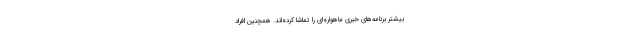
بیشتر برنامه‌­های خبری ماهواره­ای را تماشا کرده­‌اند. همچنین افراد